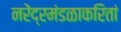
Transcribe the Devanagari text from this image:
नरेंद्रमंडळाकरितां